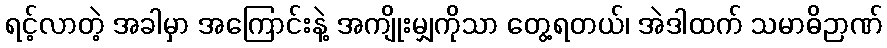
ရင့်လာတဲ့ အခါမှာ အကြောင်းနဲ့ အကျိုးမျှကိုသာ တွေ့ရတယ်၊ အဲဒါထက် သမာဓိဉာဏ်